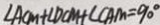
\angle A C M + \angle D C M + \angle C A M = 9 0 ^ { \circ }